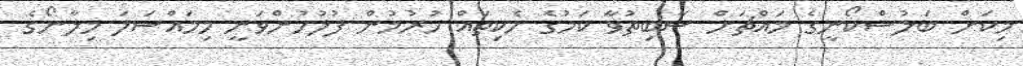
މިކަން ބަލުސްކޯނީގެ މައްޗަށް ސާބިތުވާ ކަމުގެ ހެކިތައް ހުރުމުން ފުލުހުންވަނީ މިމައްސަލަ މިލާނޯގެ